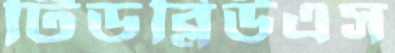
টিডব্লিউএস